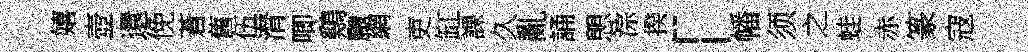
嬉壺還俛蒼舊伍潸唧鷄颼網吏缸課久亂誦愳淙揆「幡须之蛙赤篆寇